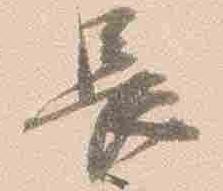
長